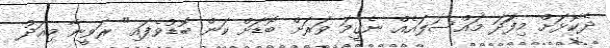
ދެކޮޅަށް މިފަަދަ މައްސަލައެއް ނެގީމަ ވަރަށް ބޮޑަށް ކަން ބޮޑުވެފައި" ރަވީނާ މިއަދު